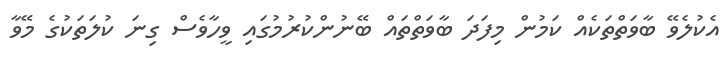
އެކުލެވޭ ބާވަތްތަކެއް ކަމުން މިފަދަ ބާވަތްތައް ބޭނުންކުރުމުގައި ވީހާވެސް ގިނަ ކުލަތަކުގެ މޭވާ